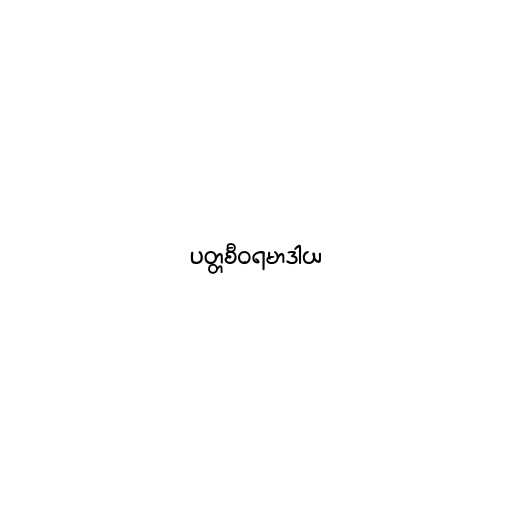
ပတ္တစီဝရမာဒါယ